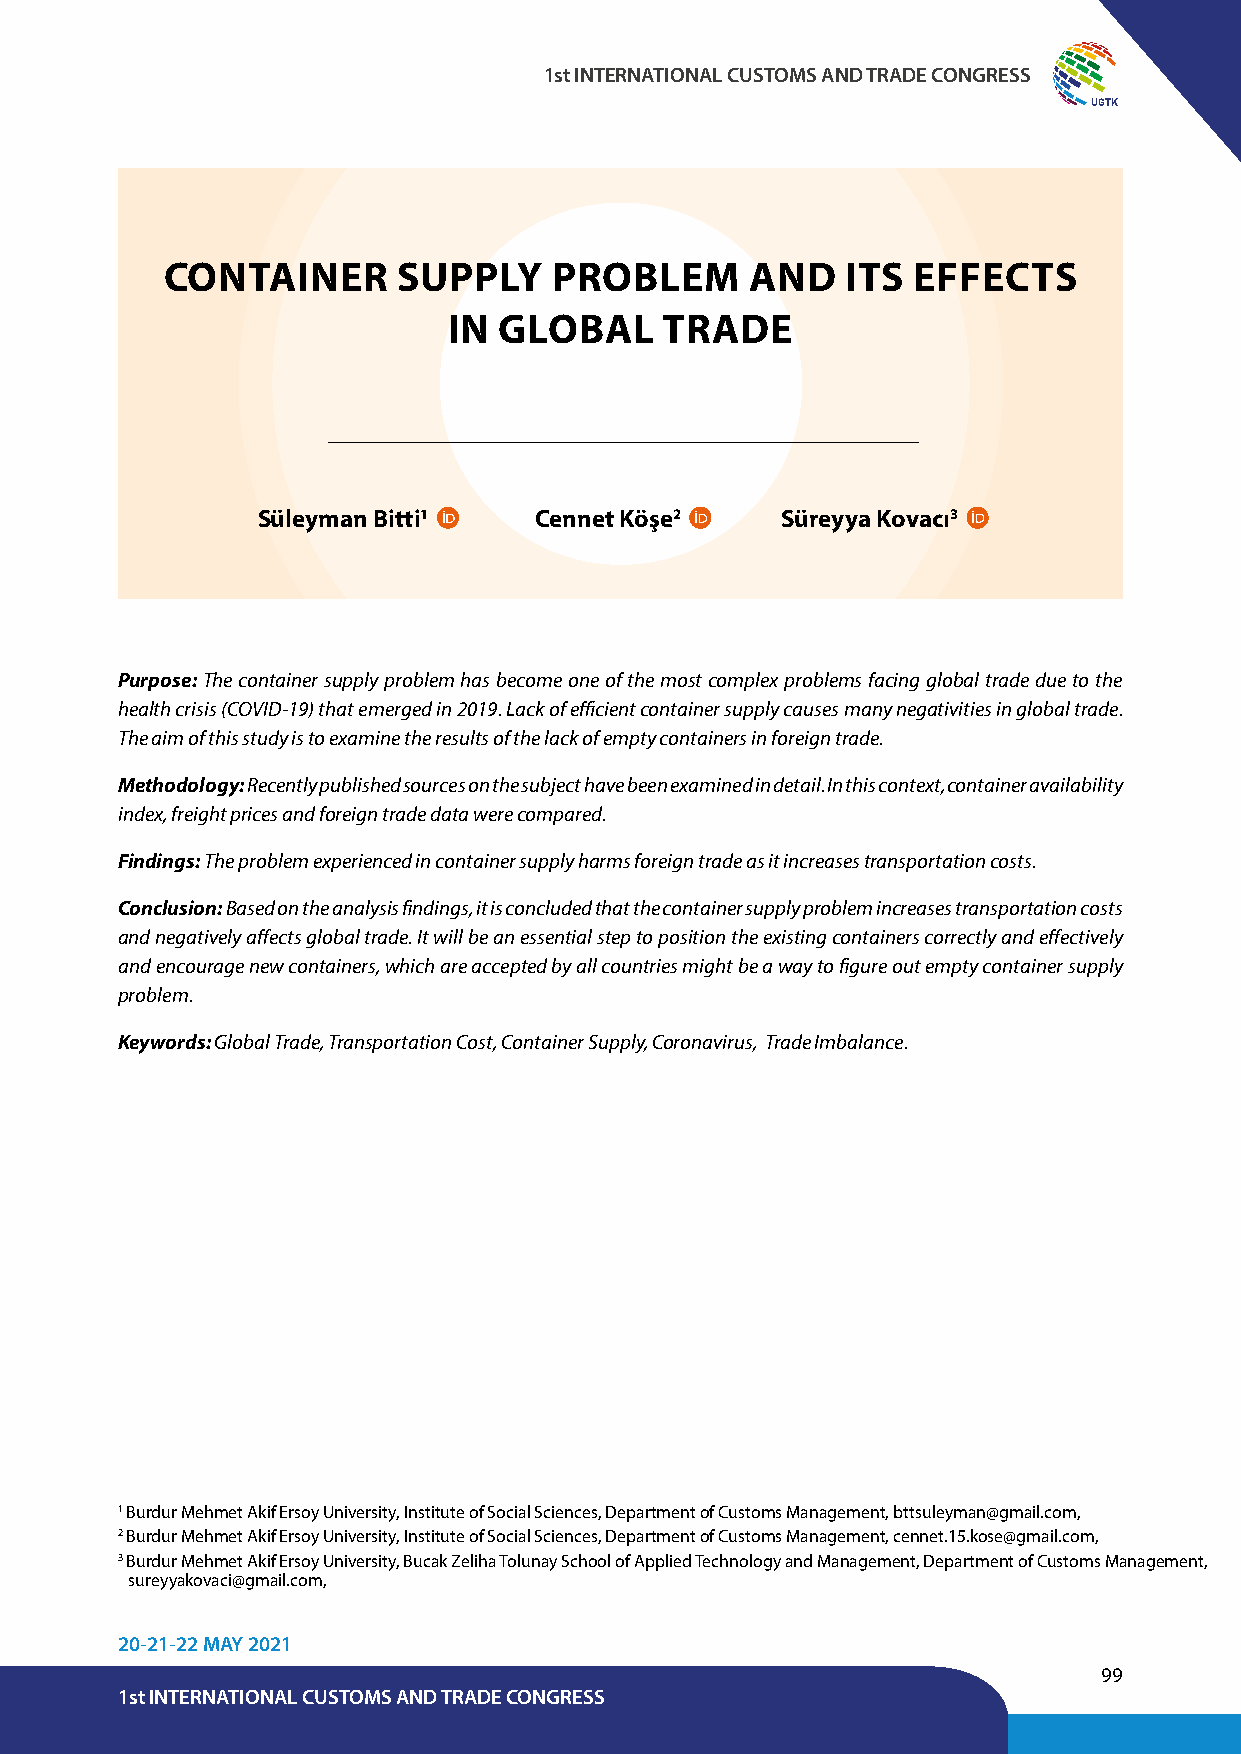
1st INTERNATIONAL CUSTOMS AND TRADE CONGRESS
 UGTK
 CONTAINER      SUPPLY     PROBLEM      AND   ITS EFFECTS
 IN GLOBAL     TRADE
 Süleyman Bitti1   Cennet Köşe2     Süreyya Kovacı3
 Purpose: The container supply problem has become one of the most complex problems facing global trade due to the
 health crisis (COVID-19) that emerged in 2019. Lack of efficient container supply causes many negativities in global trade.
 The aim of this study is to examine the results of the lack of empty containers in foreign trade.
 Methodology: Recently published sources on the subject have been examined in detail. In this context, container availability
 index, freight prices and foreign trade data were compared.
 Findings: The problem experienced in container supply harms foreign trade as it increases transportation costs.
 Conclusion: Based on the analysis findings, it is concluded that the container supply problem increases transportation costs
 and negatively affects global trade. It will be an essential step to position the existing containers correctly and effectively
 and encourage new containers, which are accepted by all countries might be a way to figure out empty container supply
 problem.
 Keywords: Global Trade, Transportation Cost, Container Supply, Coronavirus, Trade Imbalance.
 1 Burdur Mehmet Akif Ersoy University, Institute of Social Sciences, Department of Customs Management, bttsuleyman@gmail.com,
 2 Burdur Mehmet Akif Ersoy University, Institute of Social Sciences, Department of Customs Management, cennet.15.kose@gmail.com,
 3 Burdur Mehmet Akif Ersoy University, Bucak Zeliha Tolunay School of Applied Technology and Management, Department of Customs Management,
 sureyyakovaci@gmail.com,
 20-21-22 MAY 2021
 99
 1st INTERNATIONAL CUSTOMS AND TRADE CONGRESS